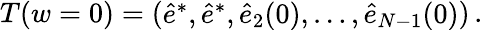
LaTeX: \begin{array}{r}{T(w=0)=\left(\begin{array}{l}{\hat{e}^{*},\hat{e}^{*},\hat{e}_{2}(0),\dots,\hat{e}_{N-1}(0)}\end{array}\right)\, .}\end{array}